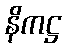
နိကဋ္ဌ